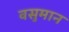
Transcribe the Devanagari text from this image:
वसुमान